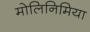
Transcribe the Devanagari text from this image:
मोलिनिमिया